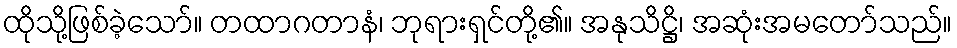
ထိုသို့ဖြစ်ခဲ့သော်။ တထာဂတာနံ၊ ဘုရားရှင်တို့၏။ အနုသိဋ္ဌိ၊ အဆုံးအမတော်သည်။